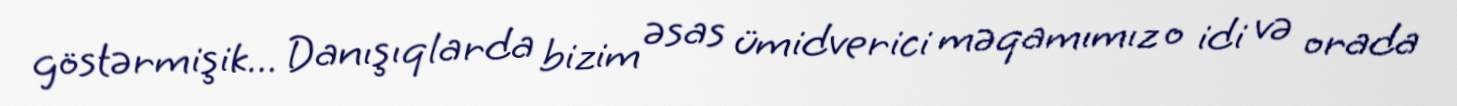
göstərmişik... Danışıqlarda bizim əsas ümidverici məqamımız o idi və orada